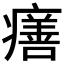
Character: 𤺪